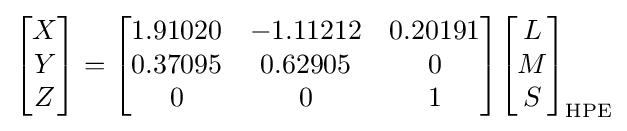
{\begin{bmatrix}X\\Y\\Z\end{bmatrix}}={\begin{bmatrix}1.91020&-1.11212&0.20191\\0.37095&0.62905&0\\0&0&1\end{bmatrix}}{\begin{bmatrix}L\\M\\S\end{bmatrix}}_{\rm {HPE}}